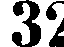
32